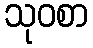
သုဝစာ